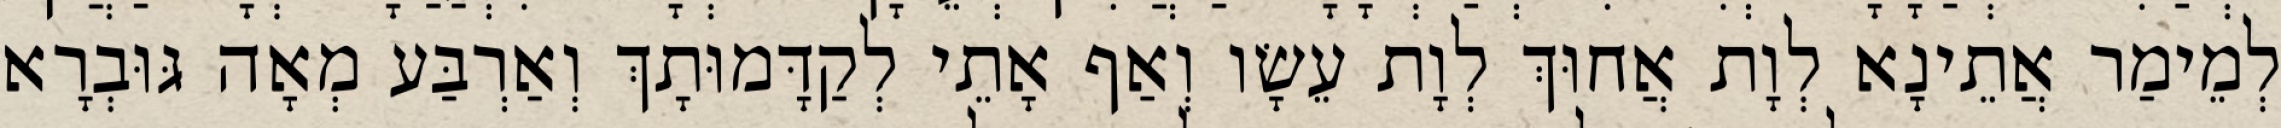
לְמֵימַר אֲתֵינָא לְוָת אֲחוּךְ לְוָת עֵשָׂו וְאַף אָתֵי לְקַדָּמוּתָךְ וְאַרְבַּע מְאָה גּוּבְרָא